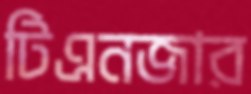
টিএনজার